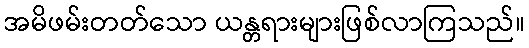
အမိဖမ်းတတ်သော ယန္တရားများဖြစ်လာကြသည်။